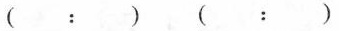
(：)(：)